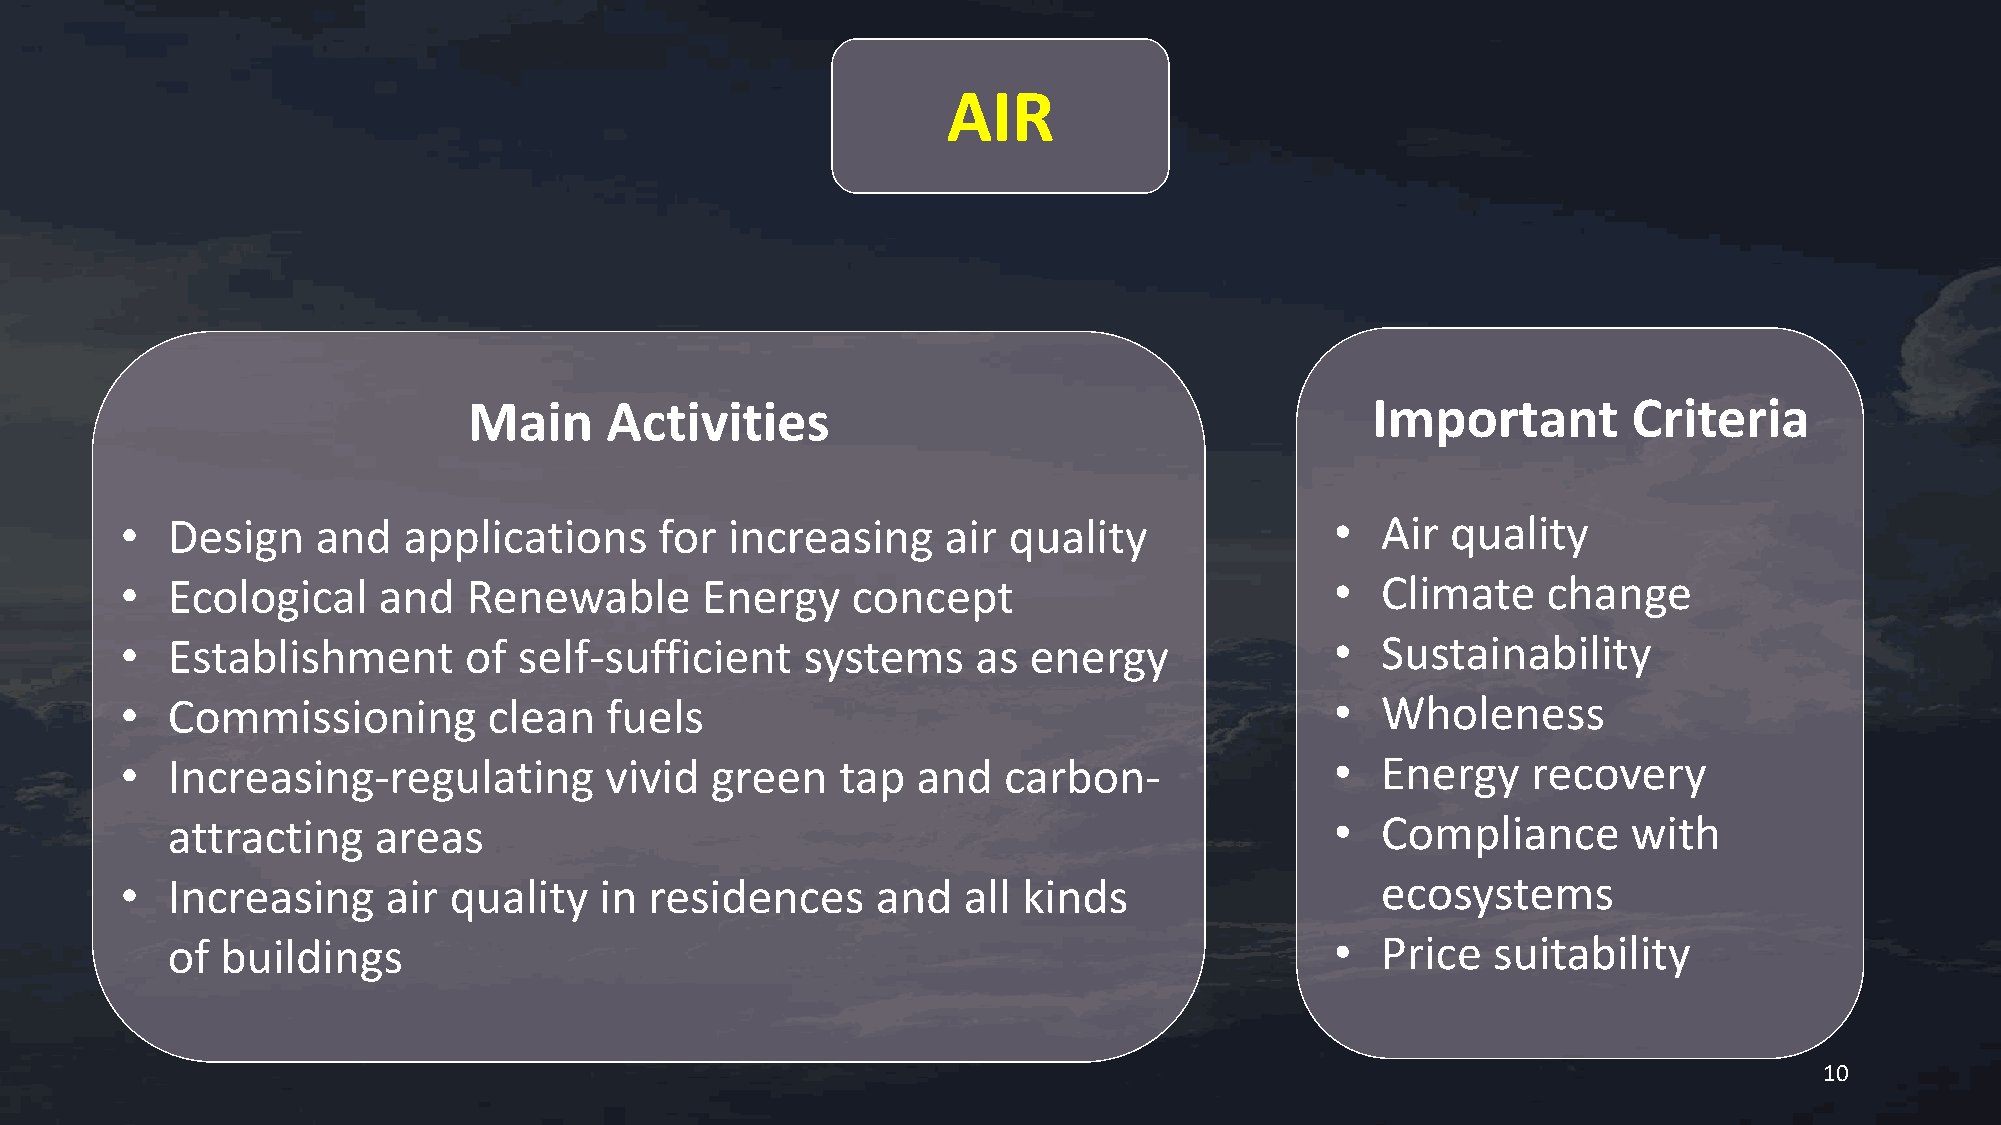
AIR
 Main     Activities                                         Important        Criteria
 •  Design    and   applications     for increasing    air  quality              •  Air  quality
 •  Ecological    and   Renewable      Energy    concept                         •  Climate    change
 •  Establishment       of self-sufficient    systems     as energy              •  Sustainability
 •  Commissioning        clean   fuels                                           •  Wholeness
 •  Increasing-regulating        vivid  green    tap  and  carbon-               •  Energy    recovery
 attracting    areas                                                          •  Compliance       with
 •  Increasing    air  quality   in residences     and   all kinds                  ecosystems
 of  buildings                                                                •  Price   suitability
 10